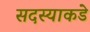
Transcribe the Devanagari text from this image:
सदस्याकडे